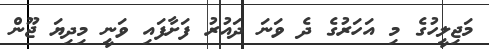
މަޖިލީހުގެ މި އަހަރުގެ ދެ ވަނަ ދައުރު ފަށާފައި ވަނީ މިދިޔަ ޖޫން